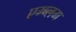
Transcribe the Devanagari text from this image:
एम्ब्लम